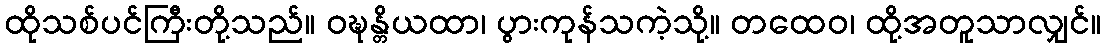
ထိုသစ်ပင်ကြီးတို့သည်။ ဝဍ္ဎန္တိယထာ၊ ပွားကုန်သကဲ့သို့။ တထေဝ၊ ထို့အတူသာလျှင်။